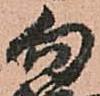
勿